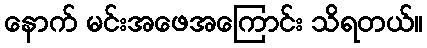
နောက် မင်းအဖေအကြောင်း သိရတယ်။